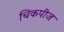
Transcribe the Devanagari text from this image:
चिकपीज